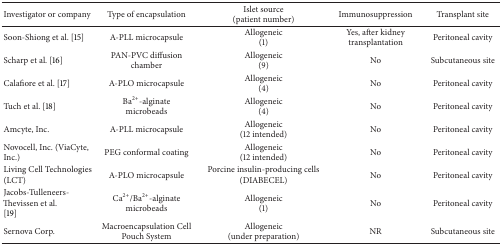
| Investigator or company | Type of encapsulation | Islet source (patient number) | Immunosuppression | Transplant site |
 | --- | --- | --- | --- | --- |
 | Soon-Shiong et al. [15] | A-PLL microcapsule | Allogeneic (1) | Yes, after kidney transplantation | Peritoneal cavity |
 | Scharp et al. [16] | PAN-PVC diffusion chamber | Allogeneic (9) | No | Subcutaneous site |
 | Calafiore et al. [17] | A-PLO microcapsule | Allogeneic (4) | No | Peritoneal cavity |
 | Tuch et al. [18] | Ba2+-alginate microbeads | Allogeneic (4) | No | Peritoneal cavity |
 | Amcyte, Inc. | A-PLL microcapsule | Allogeneic (12 intended) | No | Peritoneal cavity |
 | Novocell, Inc. (ViaCyte, Inc.) | PEG conformal coating | Allogeneic (12 intended) | No | Peritoneal cavity |
 | Living Cell Technologies (LCT) | A-PLO microcapsule | Porcine insulin-producing cells (DIABECEL) | No | Peritoneal cavity |
 | Jacobs-Tulleneers-Thevissen et al. [19] | Ca2+/Ba2+-alginate microbeads | Allogeneic (1) | No | Peritoneal cavity |
 | Sernova Corp. | Macroencapsulation Cell Pouch System | Allogeneic (under preparation) | NR | Subcutaneous site |